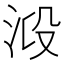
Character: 𣴂